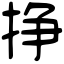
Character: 挣